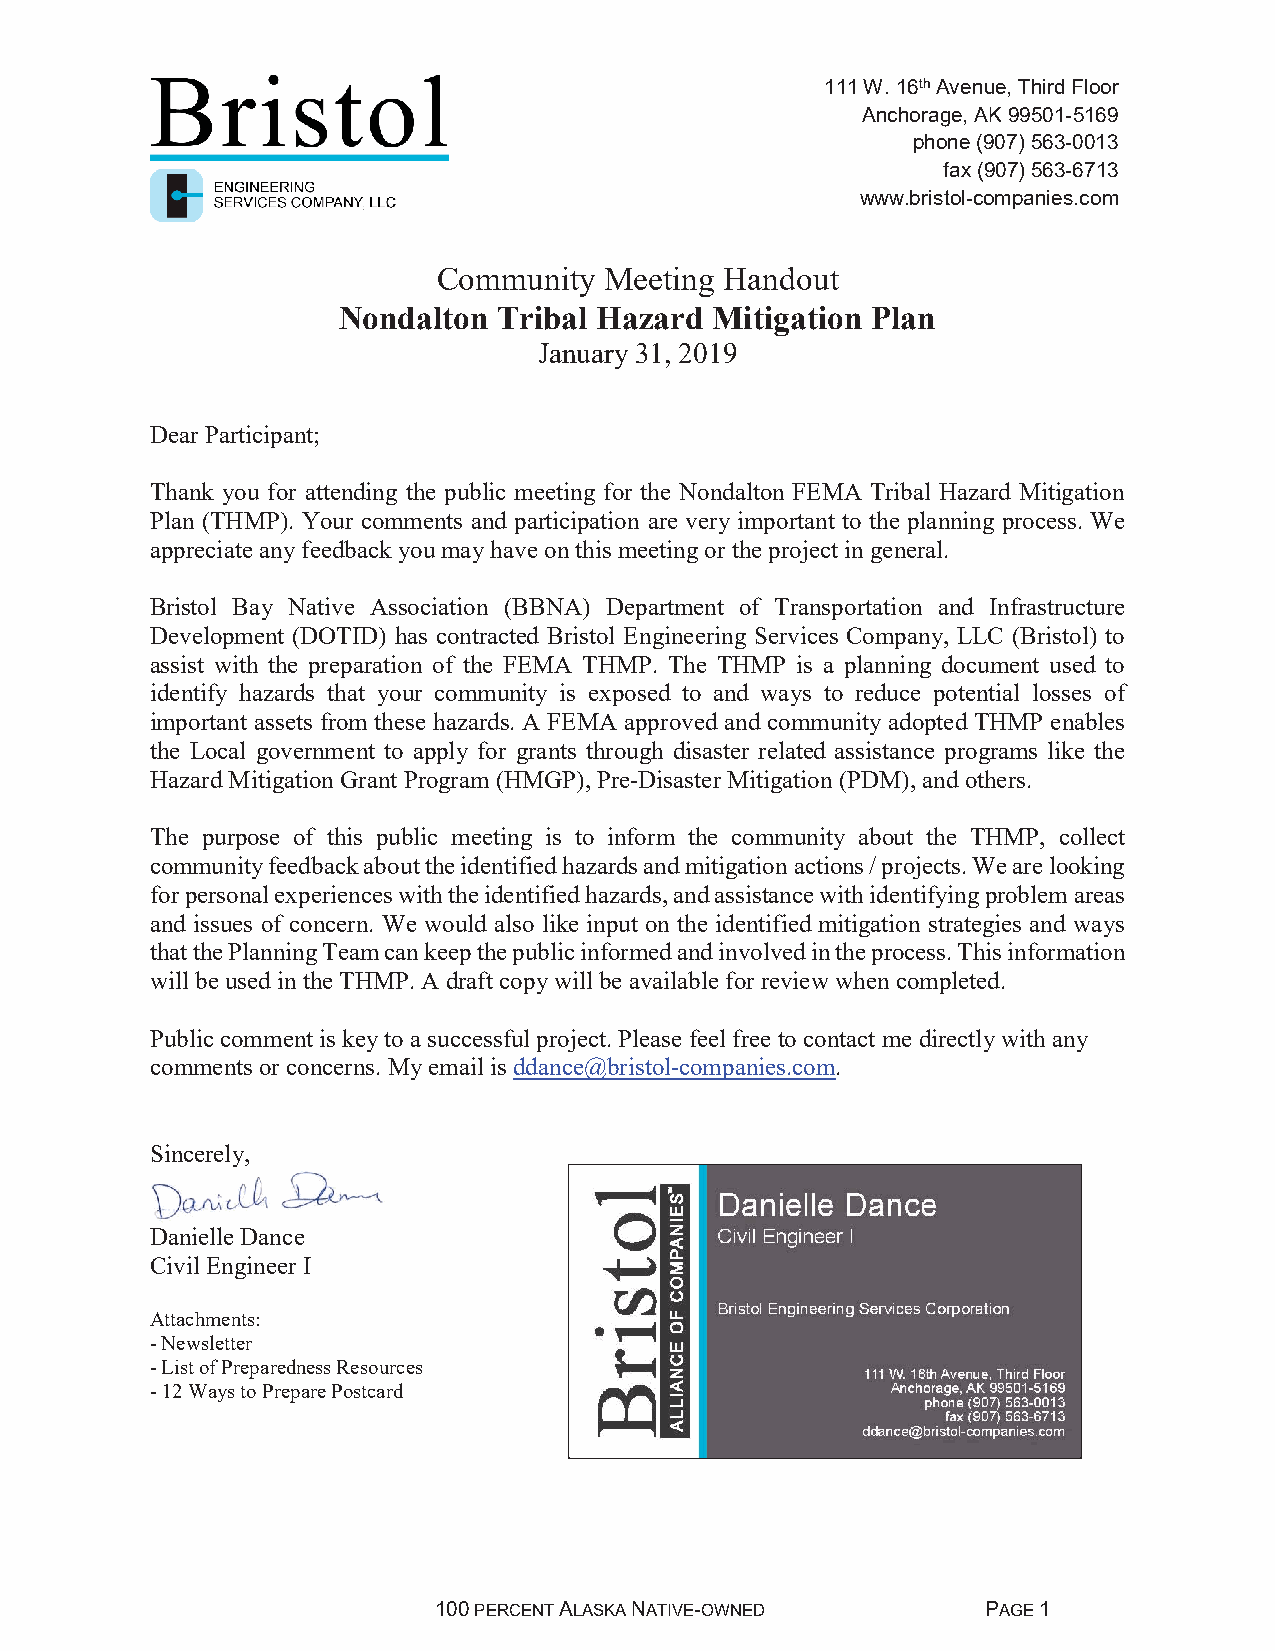
111 W. 16thAvenue, Third Floor
 Anchorage, AK 99501-5169
 phone (907) 563-0013
 fax (907) 563-6713
 www.bristol-companies.com
 Community  Meeting Handout
 Nondalton  Tribal Hazard Mitigation Plan
 January 31, 2019
 Dear Participant;
 Thank you for attending the public meeting for the Nondalton FEMA Tribal Hazard Mitigation
 Plan (THMP). Your comments and participation are very important to the planning process. We
 appreciate any feedback you may have on this meetingor the project in general.
 Bristol Bay Native Association (BBNA) Department of Transportation and Infrastructure
 Development (DOTID) has contracted Bristol Engineering Services Company, LLC (Bristol) to
 assist with the preparation of the FEMA THMP. The THMP is a planning document used to
 identify hazards that your community is exposed to and ways to reduce potential losses of
 important assets from these hazards. A FEMA approved and community adopted THMP enables
 the Local government to apply for grants through disaster related assistance programs like the
 Hazard Mitigation Grant Program (HMGP), Pre-Disaster Mitigation (PDM), and others.
 The purpose of this public meeting is to inform the community about the THMP, collect
 community feedback about the identified hazards and mitigation actions / projects. We are looking
 for personal experiences with the identified hazards, and assistance with identifying problem areas
 and issues of concern. We would also like input on the identified mitigation strategies and ways
 that the Planning Team can keep the public informed and involved in the process. This information
 will be used in the THMP. A draft copy will be available for review when completed.
 Public comment is key to a successful project.Please feel free to contact me directly with any
 comments orconcerns. My email is ddance@bristol-companies.com.
 Sincerely,
 Danielle Dance
 Civil Engineer I
 Attachments:
 -Newsletter
 -List of Preparedness Resources
 -12 Ways to Prepare Postcard
 100PERCENT ALASKA NATIVE-OWNED      PAGE 1